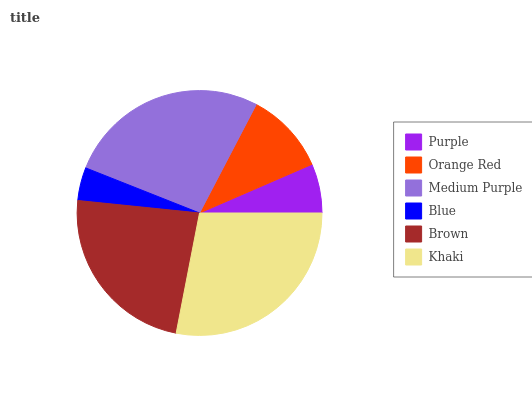
| Purple | Orange Red | Medium Purple | Blue | Brown | Khaki |
 | --- | --- | --- | --- | --- | --- |
 | 6.51% | 10.8% | 26.7% | 4.38% | 23.5% | 28% |